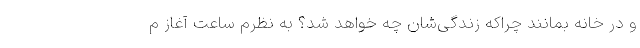
و در خانه بمانند چراکه زندگی‌شان چه خواهد شد؟ به نظرم ساعت آغاز م